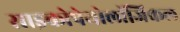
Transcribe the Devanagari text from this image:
साइकोपेथोलॉजिकल